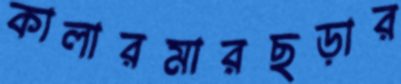
কালারমারছড়ার